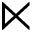
\ltimes